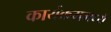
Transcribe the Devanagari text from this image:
कार्यक्रममध्ये